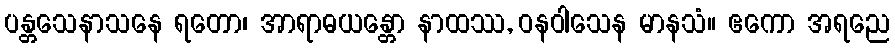
ပန္တသေနာသနေ ရတော၊ အာရာဓယန္တော နာထဿ, ဝနဝါသေန မာနသံ။ ဧကော အရညေ